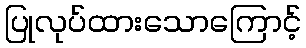
ပြုလုပ်ထားသောကြောင့်